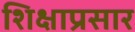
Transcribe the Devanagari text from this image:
शिक्षाप्रसार